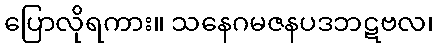
ပြောလိုရကား။ သနေဂမဇနပဒဘဋဗလ၊